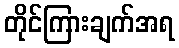
တိုင်ကြားချက်အရ